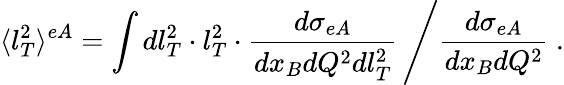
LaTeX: \langle l_{T}^{2}\rangle^{eA}=\left.\int dl_{T}^{2}\cdot l_{T}^{2}\cdot\frac{d\sigma_{eA}}{dx_{B}dQ^{2}dl_{T}^{2}}\, \right/\frac{d\sigma_{eA}}{dx_{B}dQ^{2}}\ .